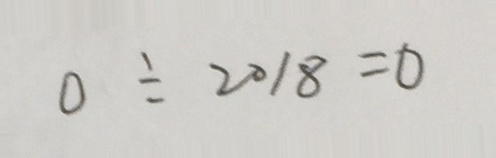
0 \div 2 0 1 8 = 0